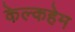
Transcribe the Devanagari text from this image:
केल्कहेम